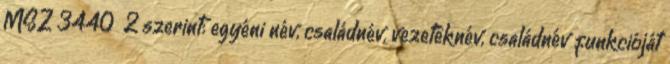
MSZ 3440 2 szerint: egyéni név, családnév, vezetéknév, családnév funkcióját